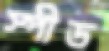
স্পীড